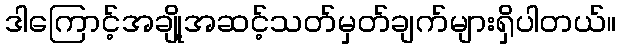
ဒါကြောင့်အချို့အဆင့်သတ်မှတ်ချက်များရှိပါတယ်။